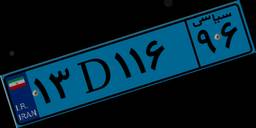
۳۲D۲۳۵۰۷